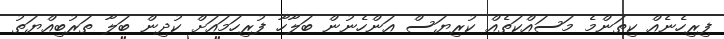
ފިރިހެނެއް ކިތަންމެ މަސައްކަތެެއް ކުރިޔަސް އަންހެނުން ބަލާހާ ފުރިހަމައަށް ކުދިން ބަލާ ތަރުބިއްޔަތު